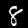
Label: 8